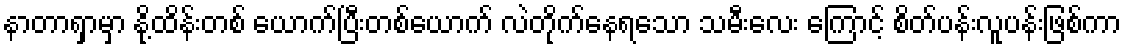
နာတာရှာမှာ နို့ထိန်းတစ် ယောက်ပြီးတစ်ယောက် လဲတိုက်နေရသော သမီးလေး ကြောင့် စိတ်ပန်းလူပန်းဖြစ်ကာ